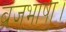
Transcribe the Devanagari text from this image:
ब्रजभाषा।